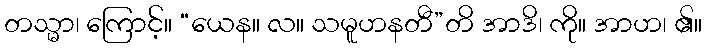
တသ္မာ၊ ကြောင့်။ “ယေန။ လ။ သမူဟနတီ”တိ အာဒိ၊ ကို။ အာဟ၊ ၏။